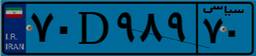
۷۰D۹۸۹۷۰